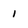
Character: 1